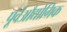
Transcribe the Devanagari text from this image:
पूर्वऔद्योगिक